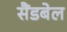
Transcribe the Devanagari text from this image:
सैंडबेल